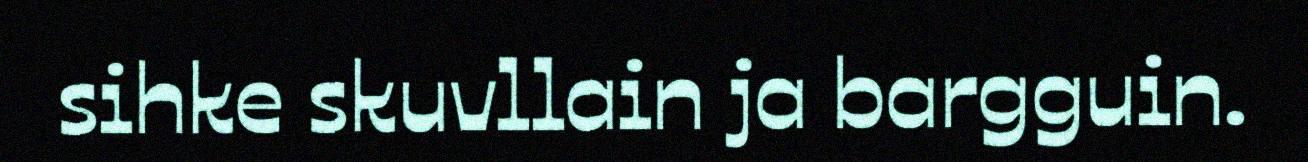
sihke skuvllain ja bargguin.